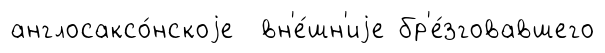
англосаксо́нскоjе вн'е́шн'иjе бр'е́зговавшего